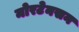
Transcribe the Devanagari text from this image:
मोरटेनसन